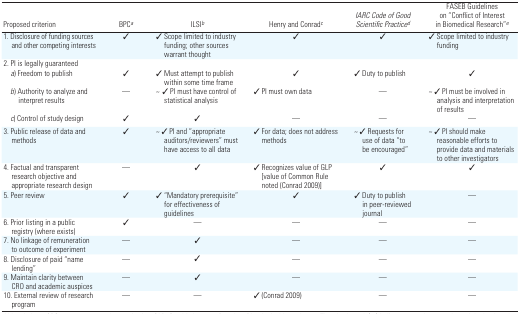
| Proposed criterion | BPCa | ILSIb | Henry and Conradc | IARC Code of Good Scientific Practiced | FASEB Guidelines on “Conflict of Interest in Biomedical Research”e |
 | --- | --- | --- | --- | --- | --- |
 | 1. Disclosure of funding sources and other competing interests | ✓ | ✓ Scope limited to industry funding; other sources warrant thought | ✓ | ✓ | ✓ Scope limited to industry funding |
 | <COLSPAN=6> 2. PI is legally guaranteed |
 | a) Freedom to publish | ✓ | ✓ Must attempt to publish within some time frame | ✓ | ✓ Duty to publish | ✓ |
 | b) Authority to analyze and interpret results | — | ~ ✓ PI must have control of statistical analysis | ✓ PI must own data | — | ~ ✓ PI must be involved in analysis and interpretation of results |
 | c) Control of study design | ✓ | ✓ | — | — | — |
 | 3. Public release of data and methods | ✓ | ~ ✓ PI and “appropriate auditors/reviewers” must have access to all data | ✓ For data; does not address methods | ~ ✓ Requests for use of data “to be encouraged” | ~ ✓ PI should make reasonable efforts to provide data and materials to other investigators |
 | 4. Factual and transparent research objective and appropriate research design | — | ✓ | ✓ Recognizes value of GLP [value of Common Rule noted (Conrad 2009)] | ✓ | ✓ |
 | 5. Peer review | ✓ | ✓ “Mandatory prerequisite” for effectiveness of guidelines | ✓ | ✓ Duty to publish in peer-reviewed journal | — |
 | 6. Prior listing in a public registry (where exists) | ✓ | — | — | — | — |
 | 7. No linkage of remuneration to outcome of experiment | — | ✓ | — | — | — |
 | 8. Disclosure of paid “name lending” | — | ✓ | — | — | — |
 | 9. Maintain clarity between CRO and academic auspices | — | ✓ | — | — | — |
 | 10. External review of research program | — | — | ✓ (Conrad 2009) | — | — |